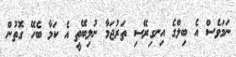
ނަމަވެސް އެ ބިލްގެ އިނގިރޭސި ތަރުޖަމާ ނުލިބޭތީ އެ ކަމާ ބެހޭ ގޮތުން